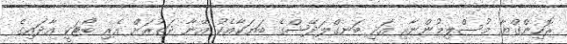
ރޮހިންގްޔާ މުސްލިމުންނާއި އަދި ބަނގްލަދޭޝްގެ ބަޔަކާއެކު އޭނާ ދަތުރަށް އެރި ބޯޓަކީ އާދައިގެ